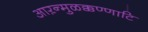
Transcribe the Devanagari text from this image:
आऱन्मुळक्कण्णाटि